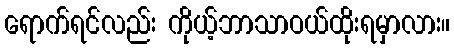
ရောက်ရင်လည်း ကိုယ့်ဘာသာဝယ်ထိုးရမှာလား။